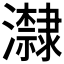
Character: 𭳬